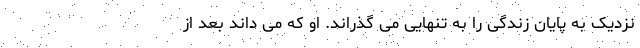
نزدیک به پایان زندگی را به تنهایی می گذراند. او که می داند بعد از